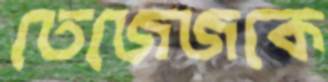
তেজেজকে